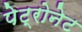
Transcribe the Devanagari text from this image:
पेट्रोनेट